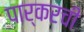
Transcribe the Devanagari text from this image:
पार्करची